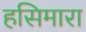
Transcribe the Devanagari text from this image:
हसिमारा